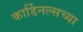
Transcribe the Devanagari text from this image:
कार्डिनल्सच्या